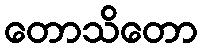
တောသိတော